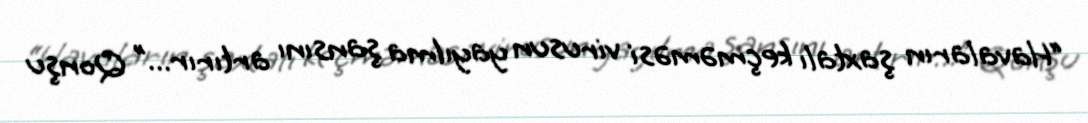
“Havaların şaxtalı keçməməsi virusun yayılma şansını artırır...” Qonşu